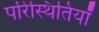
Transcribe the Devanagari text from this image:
परिस्थितियॉं